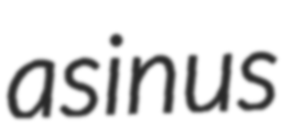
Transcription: asinus